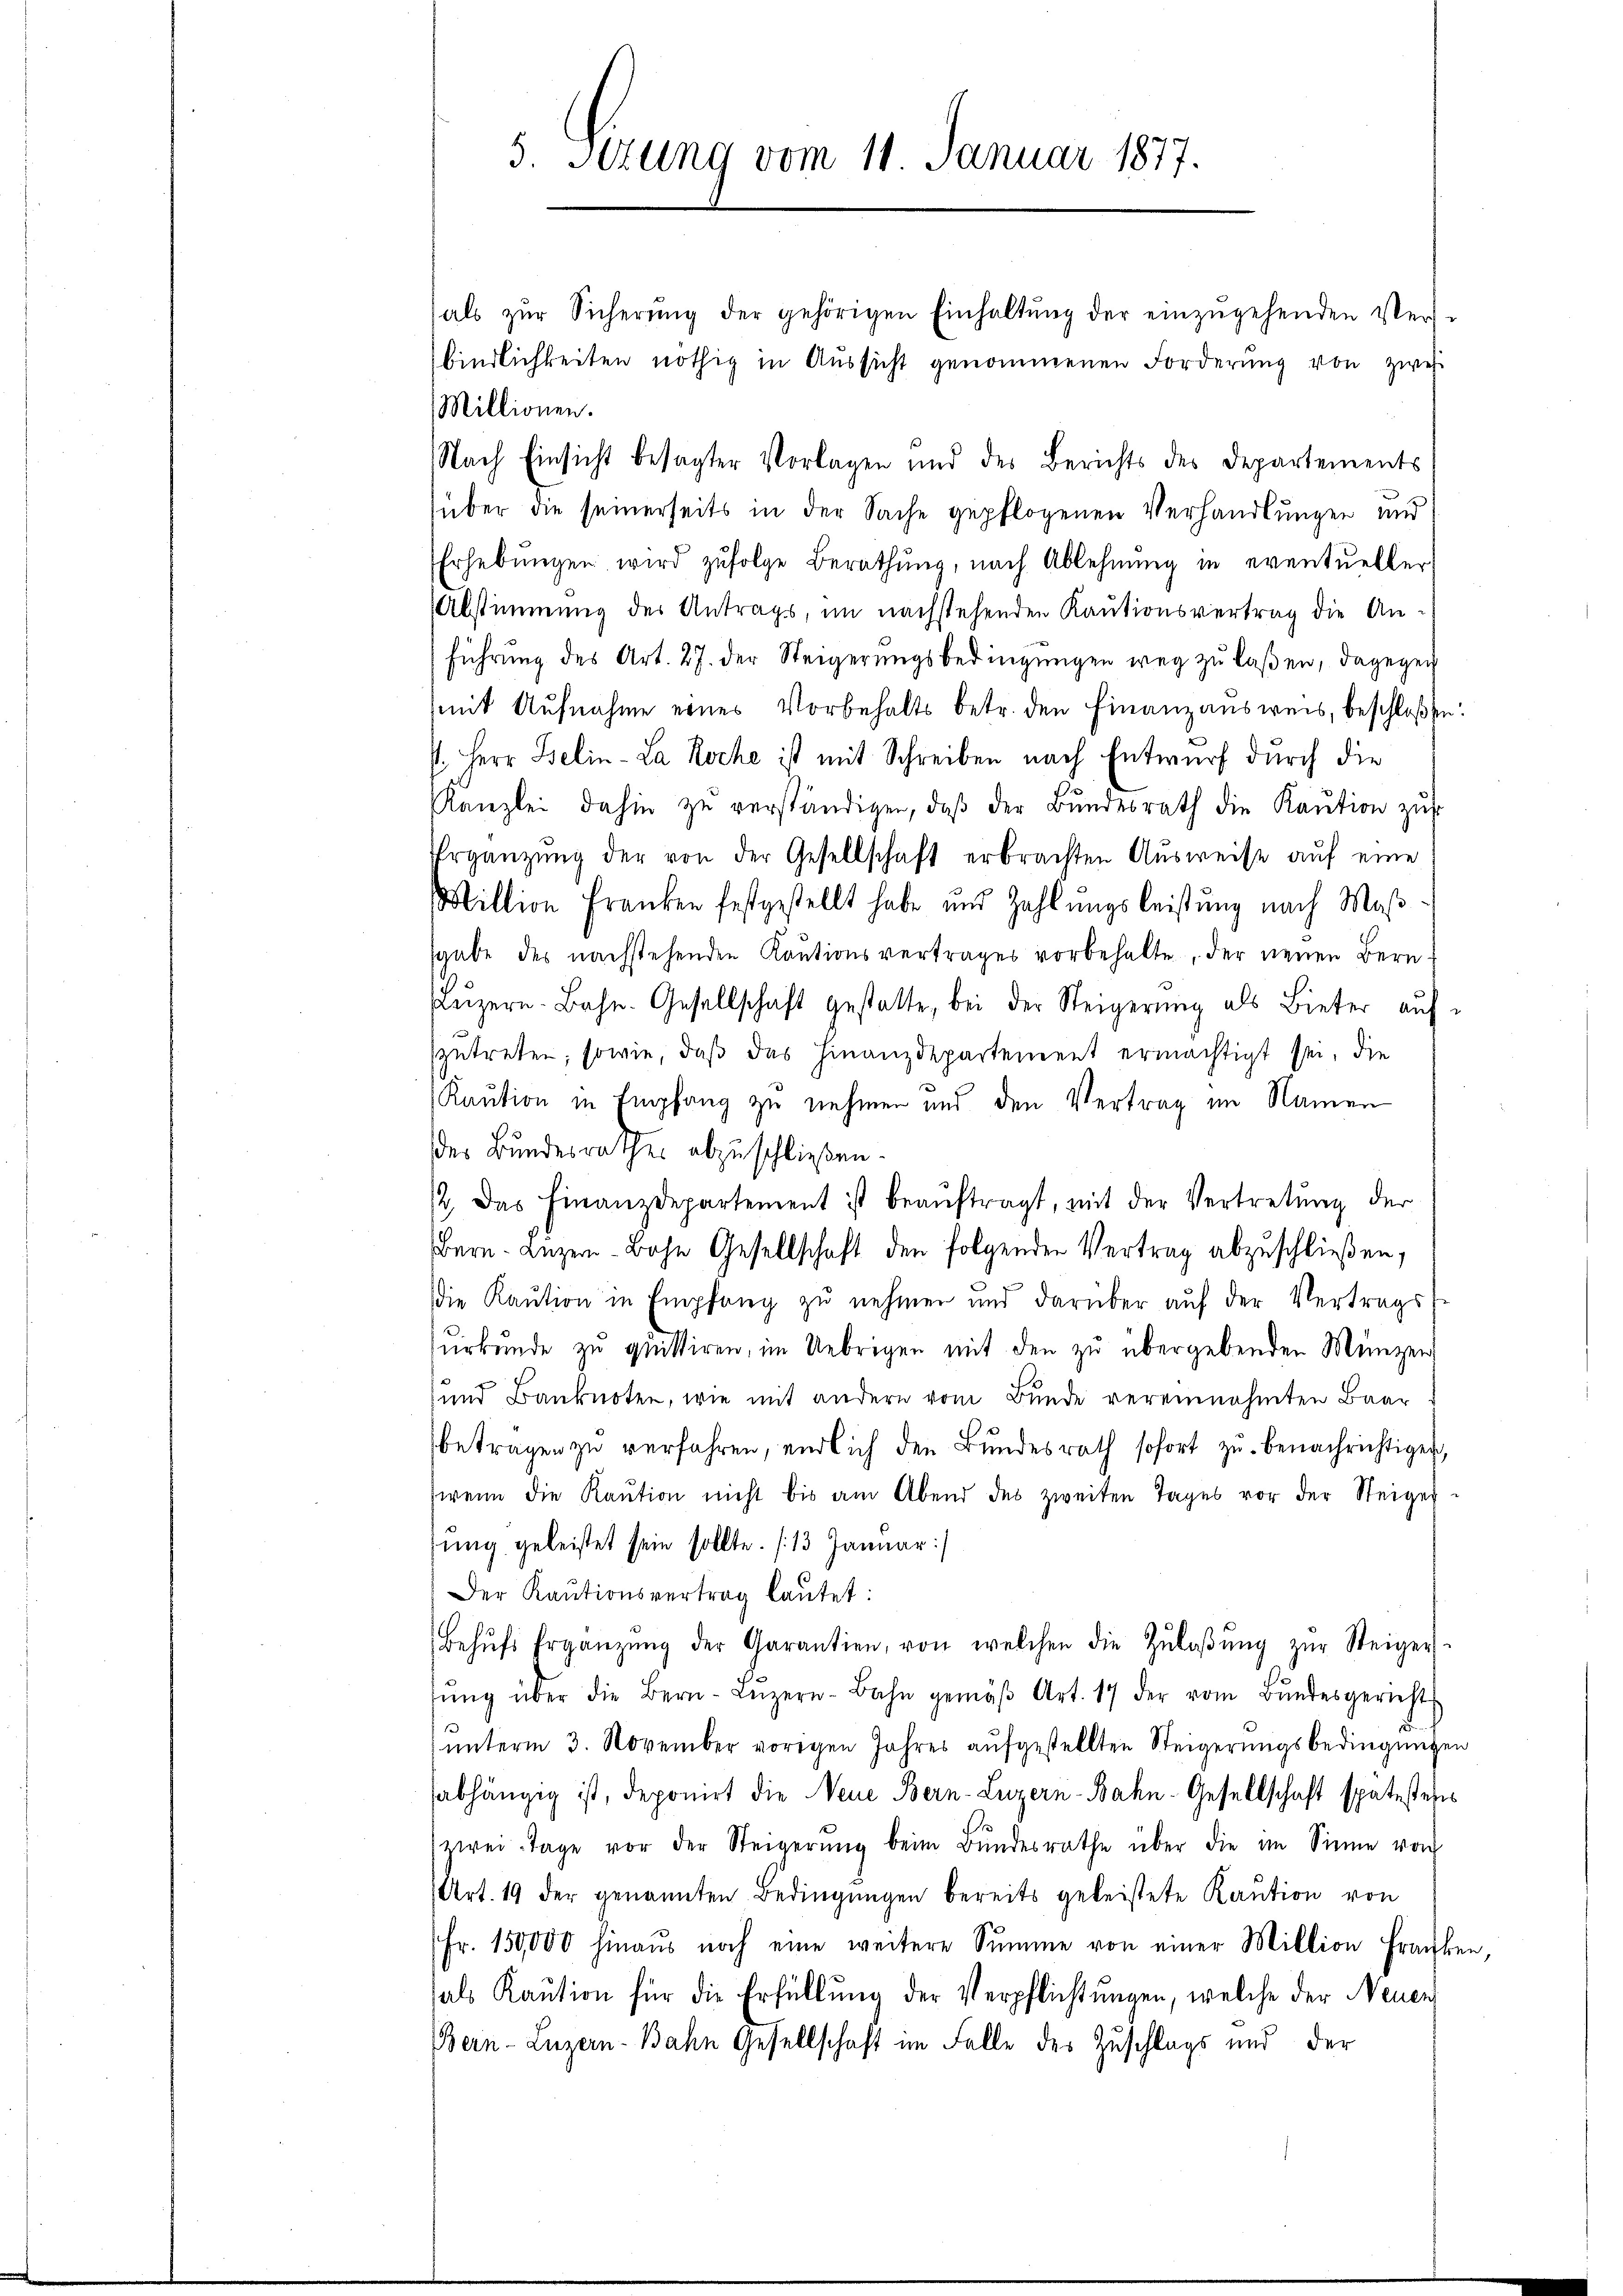
3. Sitzung vom 11. Januar 1877.

hals zŭr Sicherŭng der gehörigen Einhaltŭng der einzŭgehenden Ver-
bindlichkeiten nöthig in Aŭssicht genommenen Forderung von zwei
Millionen.
Nach Einsicht besagter Vorlagen und des Berichts des Departements
(über die seinerseits in der Sache gepflogenen Verhandlungen und
Erhebŭngen wird zufolge Berathung, nach Ablehnung in eventueller
Abstimmung des Antrags, im nachstehenden Kautionsvertrag die Anführŭng des Art. 27. der Steigerŭngsbedingŭngen weg zu laßen, dagegen
mit Aufnahme eines Vorbehalts betr. den Finanzausweis, beschlossen:
st. Herr Belin-La Roche ist mit Schreiben nach Entwurf durch die
Kanzlei dahin zŭ verständigen, daβ der Bŭndesrath die Kaŭtion zŭr
Ergänzŭng der von der Gesellschaft erbrachten Aŭsweise auf eine
Million Franken festgestellt habe und Zahlungsleistung nach Maß
sgabe des nachstehenden Kaŭtionsvertrages vorbehalte, der neuen Bern
Lŭzern. Bahn. Gesellschaft gestatte, bei der Steigerŭng als Bieter aŭf
szutreten, sowie, daß das Finanzdepartement ermächtigt sei, die
Kaution in Empfang zu nehmen und den Vertrag im Namen
der Bundesrathes abzuschließen.
/2. Das Finanzdepartement ist beaŭftragt, mit der Vertretung der
Bern. Lŭzer-Bohn Gesellschaft den folgenden Vertrag abzŭschließen,
Die Kaŭtion in Empfang zŭ nehmen und darüber aŭf der Vertrags
surkunde zu quittiren, im Uebrigen mit den zu übergebenden Münzen
und Banknoten, wie mit andern vom Bunde vereinnahmten Baar
beträgen zu verfahren, endlich den Bundesrath sofort zu benachrichtigen,
(wenn die Kaŭtion nicht bis am Abend des zweiten Tages vor der Steiger
rŭng geleistet sein sollte. (13. Januar:/
Der Kaŭtionsvertrag lautet:
Behŭfs Ergänzŭng der Garantien, von welchen die Zŭlaβŭng zŭr Steiger.
ŭng über die Bern-Lŭzern-Bahn gemäβ Art. 17 der vom Bŭndesgericht
ŭnterm 3. November vorigen Jahres aŭfgestellten Steigerŭngsbedingŭngen
abhängig ist, deponirt die Neue Bern-Luzern-Bahn-Gesellschaft spätestehes
zwei Tage vor der Steigerŭng beim Bŭndesrathe über die im Sinne von
(Art. 19 der genannten Bedingungen bereits geleistete Kaution von
Fr. 150,000 hinaŭs noch eine weitere Summe von einer Million Franken,
hals Kaŭtion für die Erfüllung der Verpflichtungen, welche der Neuen
Bern-Luzern-Bahn Gesellschaft im Falle des Zuschlags und der